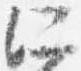
所